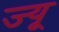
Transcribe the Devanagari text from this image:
ज्‍यू